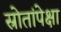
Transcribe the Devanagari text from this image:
स्रोतांपेक्षा